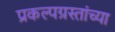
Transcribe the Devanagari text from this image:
प्रकल्पग्रस्तांच्या